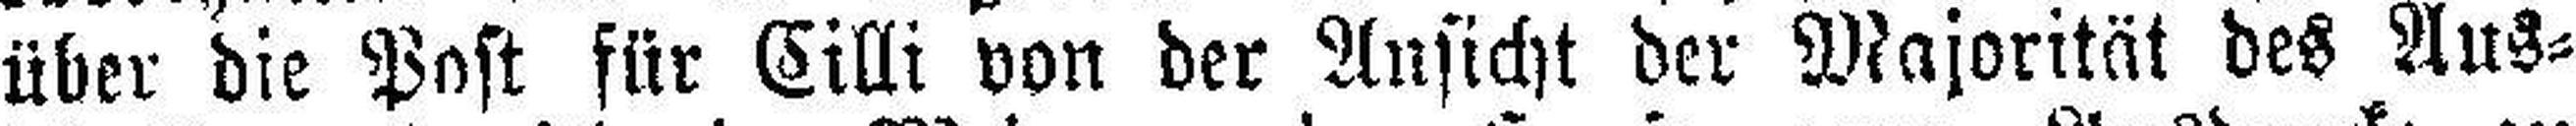
über die Post für Cilli von der Ansicht der Majorität des Aus¬